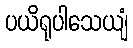
ပယိရုပါသေယျံ